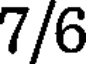
7/6